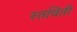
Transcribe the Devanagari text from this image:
स्तविती